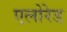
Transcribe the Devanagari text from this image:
एलोरेड